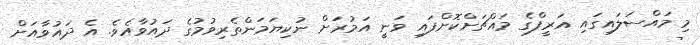
މި މައްސަލައިގައި އަރީފްގެ މައްޗަށްކޮށްފައި ވަނީ އަމުރަށް ނުކިޔަމަންތެރިވުމުގެ ދައުވާއެވެ. އެ ދައުވާއަށް